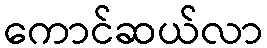
ကောင်ဆယ်လာ